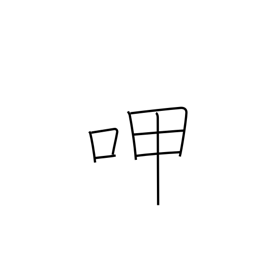
Meaning: sip